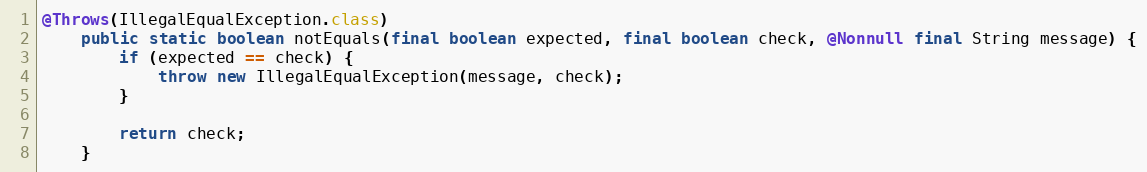
Language: Java
@Throws(IllegalEqualException.class)
	public static boolean notEquals(final boolean expected, final boolean check, @Nonnull final String message) {
		if (expected == check) {
			throw new IllegalEqualException(message, check);
		}

		return check;
	}